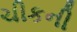
ચીકની